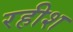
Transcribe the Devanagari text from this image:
रहीश